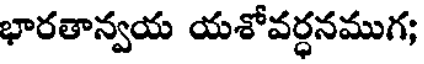
భారతాన్వయ యశోవర్ధనముగ;